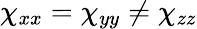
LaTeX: \chi_{xx}=\chi_{yy}\neq\chi_{zz}